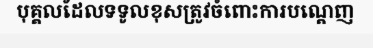
បុគ្គលដែលទទូលខុសត្រូវចំពោះការបណ្តេញ